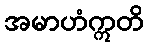
အမာဟံဣတိ